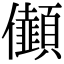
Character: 𠑯